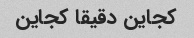
کجاین دقیقا کجاین